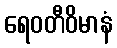
ရေဝတီဝိမာနံ